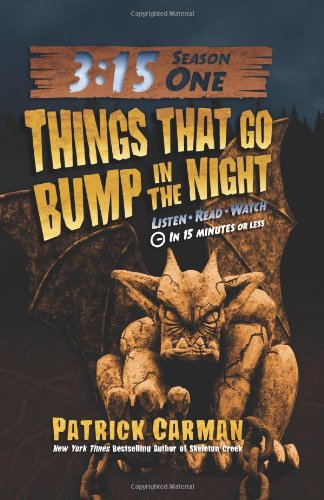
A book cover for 3:15 Season One: Things That Go Bump in the Night; Patrick Carman; Children's Books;